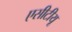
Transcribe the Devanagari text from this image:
एसीटीयू